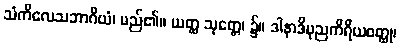
သံကိလေသဘာဂိယံ၊ မည်၏။ ယတ္ထ သုတ္တေ၊ ၌။ ဒါနာဒိပုညကိရိယဝတ္ထု၊